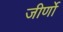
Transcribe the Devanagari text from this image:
जीर्णो